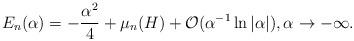
LaTeX: \begin{align*} E_n(\alpha) = - \frac{\alpha^2}{4} + \mu_n(H) + \mathcal{O}(\alpha^{-1} \ln|\alpha|), \alpha \rightarrow - \infty.\end{align*}